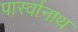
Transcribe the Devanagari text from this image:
पार्स्‍वानाथ